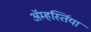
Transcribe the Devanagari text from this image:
ॲम्हर्स्तिया